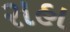
રાહા